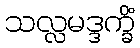
သလ္လမဒ္ဒက္ခိံ